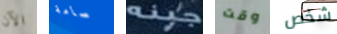
الآن سامة جبنه وقت شخص